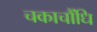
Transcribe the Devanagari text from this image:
चकाचौंधि